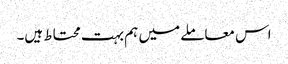
اس معاملے میں ہم بہت محتاط ہیں۔